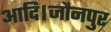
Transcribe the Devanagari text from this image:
आदि।जौनपुर